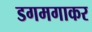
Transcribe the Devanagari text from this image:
डगमगाकर